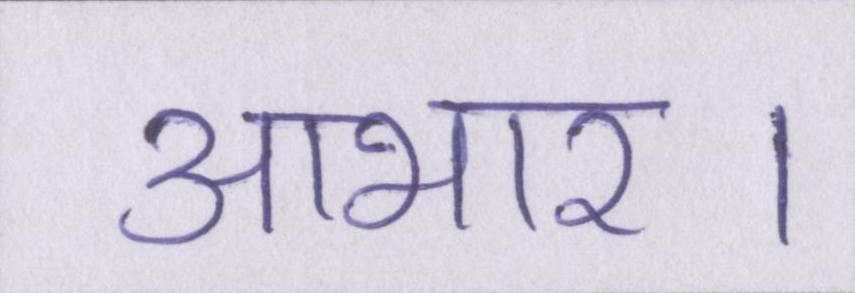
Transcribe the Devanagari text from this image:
आभार।